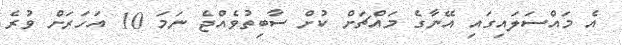
އެ މައްސަލައިގައި އޭނާގެ މައްޗަށް ކުށް ސާބިތުވެއްޖެ ނަމަ 10 އަހަރަށް ވުރެ